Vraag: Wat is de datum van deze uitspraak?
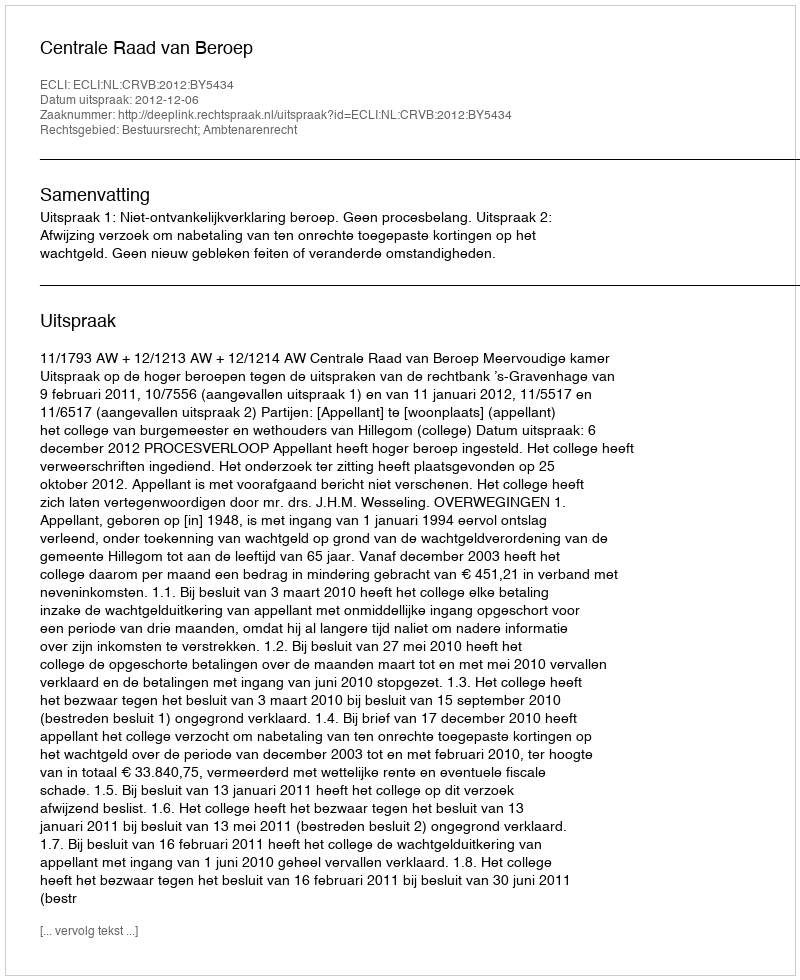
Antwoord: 2012-12-06